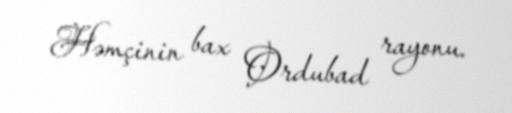
Həmçinin bax Ordubad rayonu.